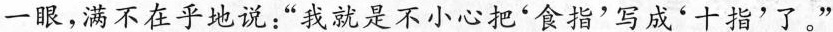
一眼，满不在乎地说：”我就是不小心把'食指'写成'十指'了。”